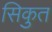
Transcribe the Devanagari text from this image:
सिकुत